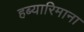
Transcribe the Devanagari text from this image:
हब्‍यारिमाना